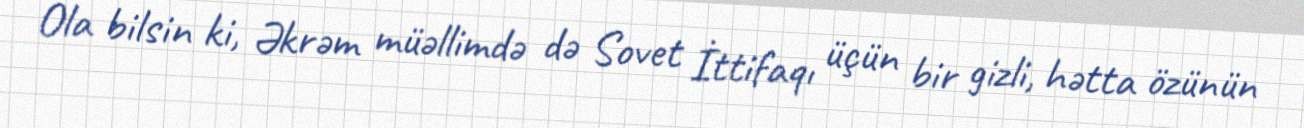
Ola bilsin ki, Əkrəm müəllimdə də Sovet İttifaqı üçün bir gizli, hətta özünün